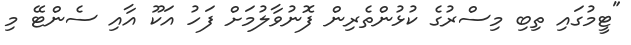
"ޓީމުގައި ތިބި މިސްރުގެ ކުޅުންތެރިން ފޮނުވާލުމަށް ފަހު އަކޫ އާއި ސެންޓޭ މި